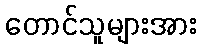
တောင်သူများအား